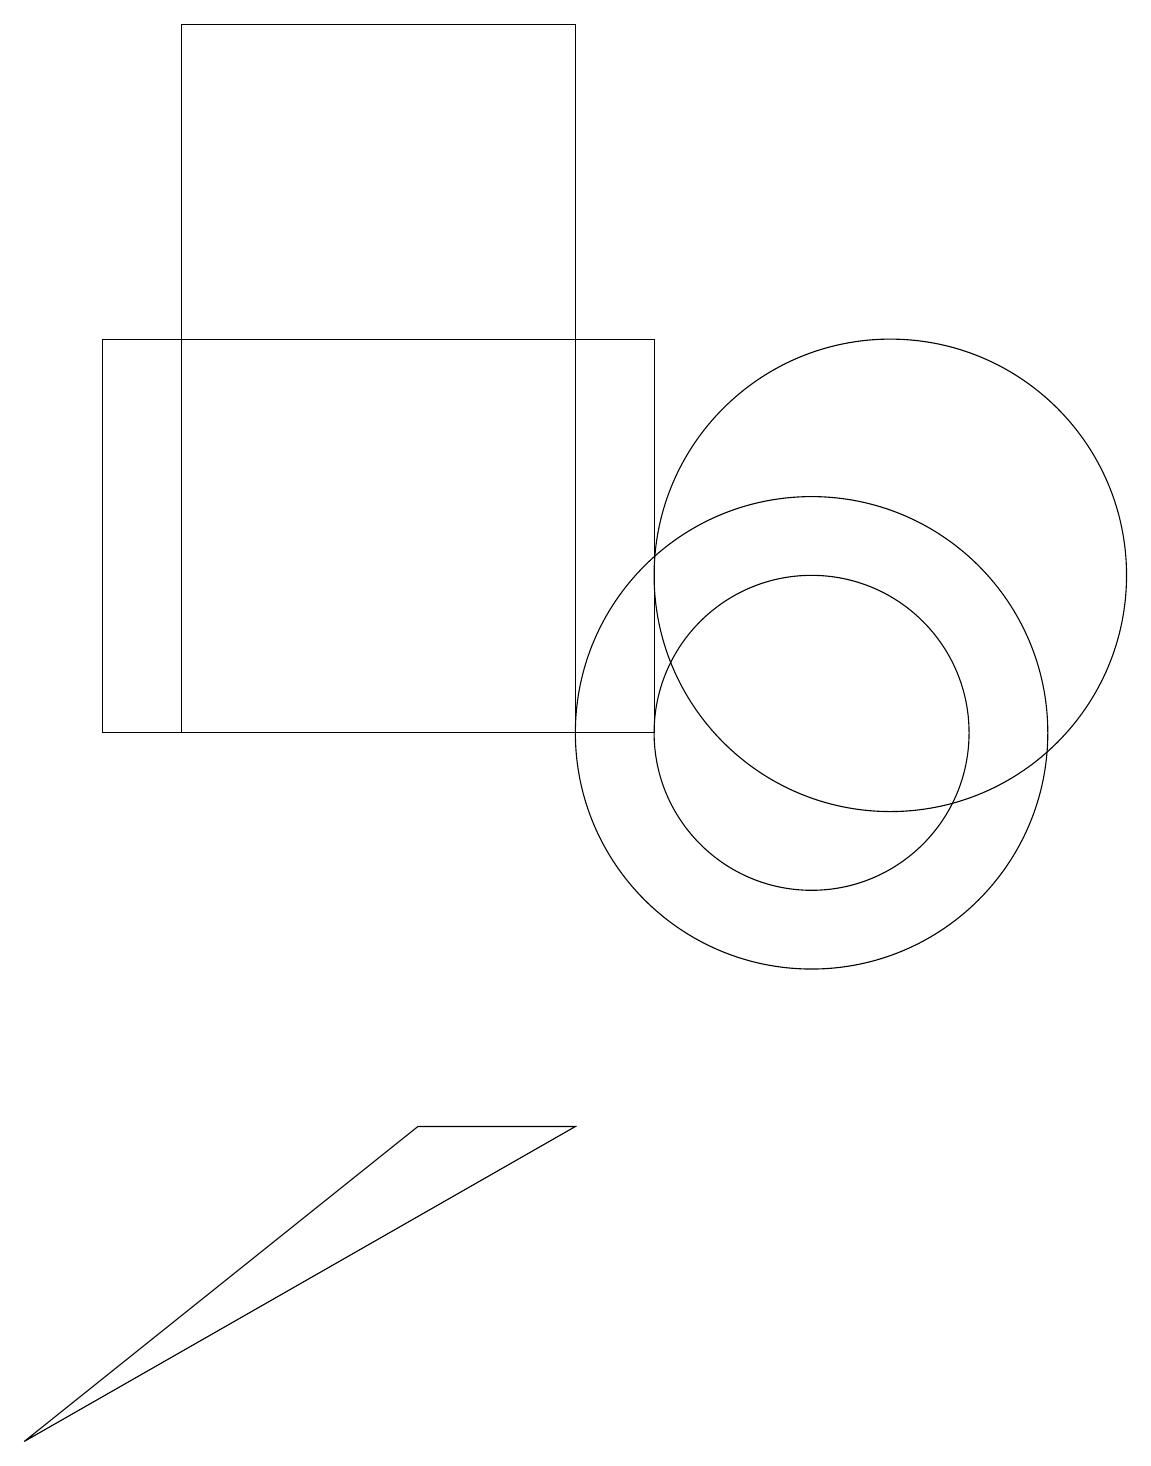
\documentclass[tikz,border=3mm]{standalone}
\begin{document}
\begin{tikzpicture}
\draw (10,10) circle (3);
\draw (7,19) rectangle (2,10);
\draw (11,12) circle (3);
\draw (10,10) circle (2);
\draw (8,10) rectangle (1,15);
\draw (7,5) -- (5,5) -- (0,1) -- cycle;
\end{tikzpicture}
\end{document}